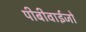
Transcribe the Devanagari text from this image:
पीबीवाईजो